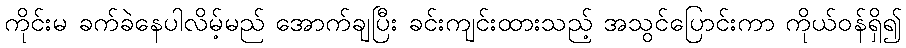
ကိုင်းမ ခက်ခဲနေပါလိမ့်မည် အောက်ချပြီး ခင်းကျင်းထားသည့် အသွင်ပြောင်းကာ ကိုယ်ဝန်ရှိ၍